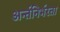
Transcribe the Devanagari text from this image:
अर्न्तनिर्भरता